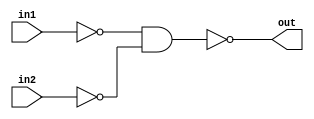
/* 

Create your own 2-input Verilog gates called my-or
from 2-input nand gates. Check the functionality of these gates with 
a stimulusmodule.

*/

module my_or(in1,in2,out);

input in1,in2;

output out;

wire w1,w2;

nand (w1,in1);

nand (w2,in2);

nand (out,w1,w2);

endmodule